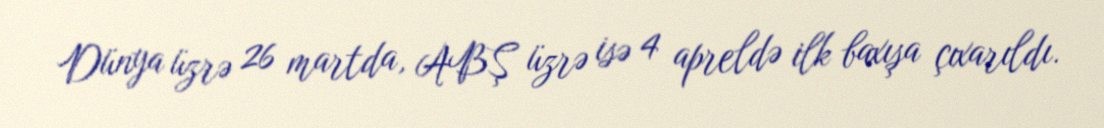
Dünya üzrə 26 martda, ABŞ üzrə isə 4 apreldə ilk baxışa çıxarıldı.